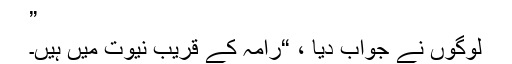
”
لوگوں نے جواب دیا ، “رامہ کے قریب نیوت میں ہیں۔